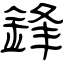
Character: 鋒